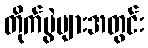
တိုက်ပွဲများအတွင်း